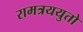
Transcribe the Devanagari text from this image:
रामत्रययुतो